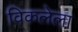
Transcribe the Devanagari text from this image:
विकलेला